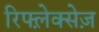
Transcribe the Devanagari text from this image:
रिफ्ल़ेक्सेज़